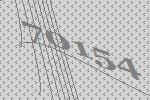
70154